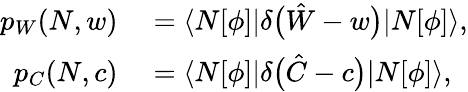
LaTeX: \begin{array}{rl}{p_{W}(N,w)}&{{}=\langle N[\phi]|\delta\bigl(\hat{W}-w\bigr)|N[\phi]\rangle,}\\ {p_{C}(N,c)}&{{}=\langle N[\phi]|\delta\bigl(\hat{C}-c\bigr)|N[\phi]\rangle,}\end{array}